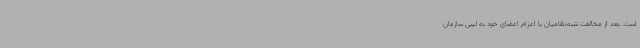
است. بعد از مخالفت شبه‌نظامیان با اعزام اعضای خود به لیبی سازمان